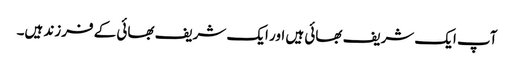
آپ ایک شریف بھائی ہیں اور ایک شریف بھائی کے فرزند ہیں۔